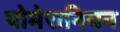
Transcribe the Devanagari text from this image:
पोमेरानियन